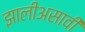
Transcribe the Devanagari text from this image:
झालीअसावी